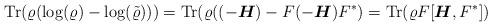
LaTeX: \begin{align*} {\rm Tr}(\varrho(\log(\varrho) - \log(\tilde{\varrho}))) = {\rm Tr}(\varrho((-\boldsymbol{H}) - F (- \boldsymbol{H})F^*) = {\rm Tr}(\varrho F[\boldsymbol{H},F^*])\end{align*}